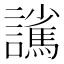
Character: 𮙃